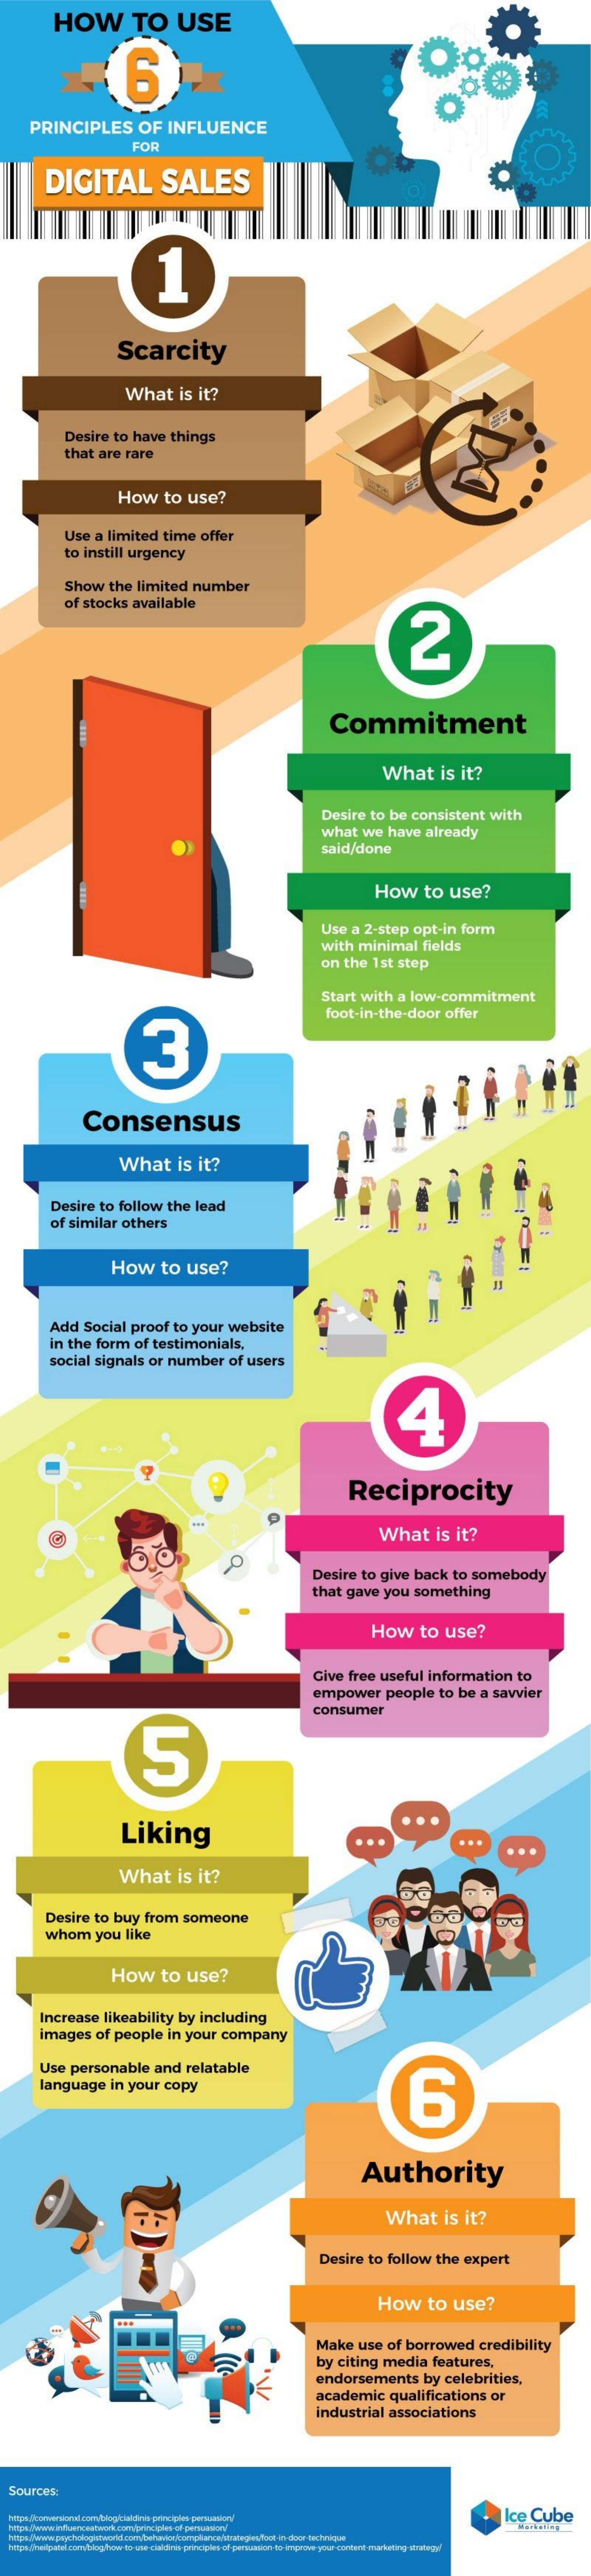
HOW    TO    USE
     6
     PRINCIPLES    OF    INFLUENCE
     FOR
     DIGITAL    SALES
     1
     Scarcity
     What    is  it?
     Desire    to   have    things
     that    are   rare
     How    to   use?
     Use    a limited    time    offer
     to  instill   urgency
     Show    the   limited    number
     of  stocks    available
     2
     Commitment
     What    is   it?
     Desire    to  be   consistent    with
     what    we    have    already
     said/done
     How    to    use?
     Use    a  2-step    opt-in    form
     with    minimal    fields
     on  the    1st   step
     Start   with    a  low-commitment
     3
     foot-in-the-door    offer
     Consensus
     What    is  it?
     Desire    to  follow    the   lead
     of  similar    others
     How    to    use?
     Add    Social    proof    to  your    website
     in the    form    of  testimonials,
     social    signals    or   number    of  users
     4
     Reciprocity
     What    is    it?
     Desire    to  give    back    to  somebody
     that    gave    you    something
     How    to    use?
     Give    free    useful    information    to
     empower    people    to  be   a  savvier
     consumer
     5
     Liking    ...    ...
     ...
     What    is  it?
     Desire    to  buy    from    someone
     whom    you    like
     How    to    use?
     Increase    likeability    by   including
     images    of  people    in   your    company
     Use    personable    and    relatable
     language    in  your    copy
     6
     Authority
     What    is   it?
     Desire    to   follow    the    expert
     How    to    use?
     Make    use    of  borrowed    credibility
     by  citing    media    features,
     endorsements    by  celebrities,
     academic    qualifications    or
     industrial    associations
  Sources:
     ce  Cube
     Marketing
  htps://napatel.com/bloghow-to-use-cialdins principles of persuasion is improve your content marketing strategy!